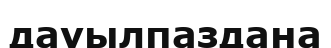
дауылпаздана